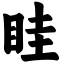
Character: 眭